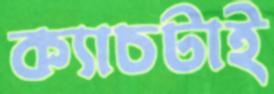
ক্যাচটাই